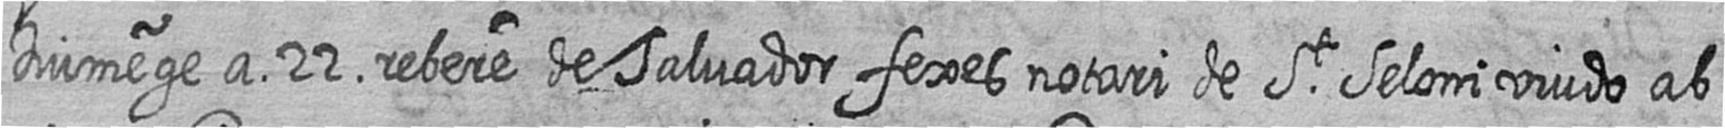
Diumege a 22 rebere de Salvador fexes notari de St Seloni viudo ab